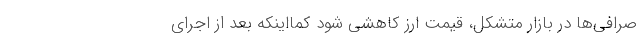
صرافی‌ها در بازار متشکل، قیمت ارز کاهشی شود کمااینکه بعد از اجرای